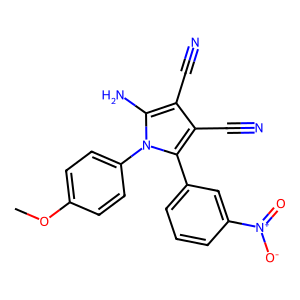
SMILES: COc1ccc(-n2c(N)c(C#N)c(C#N)c2-c2cccc([N+](=O)[O-])c2)cc1
Inhibits HIV replication: No